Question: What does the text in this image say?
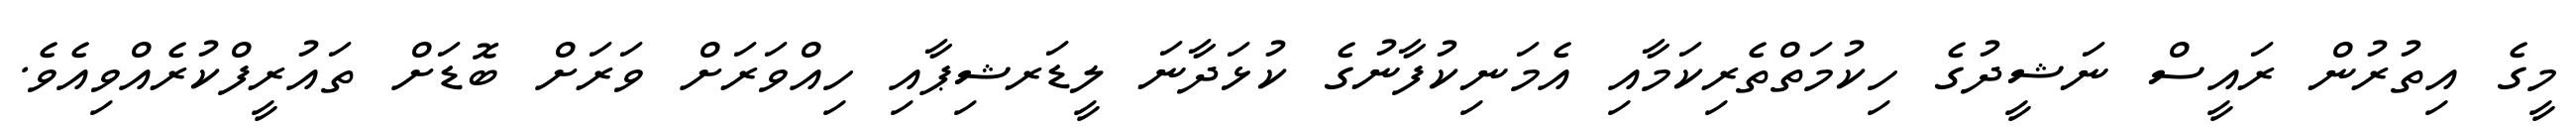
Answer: މީގެ އިތުރުން ރައީސް ނަޝީދުގެ ހިކުމަތްތެރިކަމާއި އެމަނިކުފާނުގެ ކުޅަދާނަ ލީޑަރޝިޕާއި ހިއްވަރަށް ވަރަށް ބޮޑަށް ތައުރީފްކުރެއްވިއެވެ.